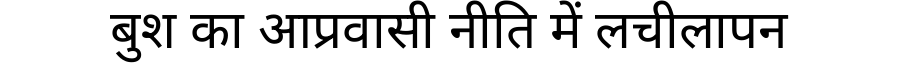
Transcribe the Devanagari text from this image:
बुश का आप्रवासी नीति में लचीलापन